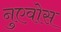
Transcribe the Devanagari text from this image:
नुएवोस